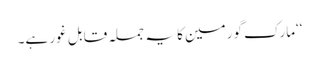
‘‘مارک گورمین کا یہ جملہ قابل غور ہے۔